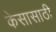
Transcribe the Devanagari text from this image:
केसासाठी